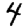
Digit: 4